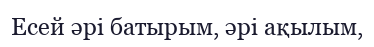
Есей әрі батырым, әрі ақылым,